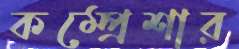
কম্প্রেশার